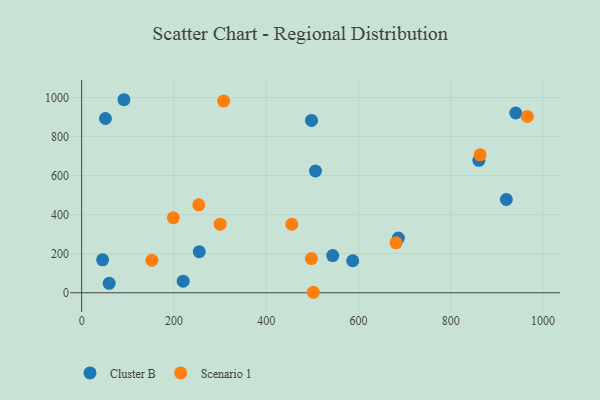
{"axis": {"x": "Speed", "y": "Salary"}, "legend": ["Cluster B", "Scenario 1"], "data": [{"x": "45.5", "y": 168.9, "type": "Cluster B"}, {"x": "498.2", "y": 882.5, "type": "Cluster B"}, {"x": "254.9", "y": 210.1, "type": "Cluster B"}, {"x": "220.1", "y": 59.1, "type": "Cluster B"}, {"x": "940.8", "y": 920.4, "type": "Cluster B"}, {"x": "920.4", "y": 477.6, "type": "Cluster B"}, {"x": "59.7", "y": 48.1, "type": "Cluster B"}, {"x": "544.1", "y": 190.4, "type": "Cluster B"}, {"x": "51.6", "y": 892.3, "type": "Cluster B"}, {"x": "860.9", "y": 678.2, "type": "Cluster B"}, {"x": "91.7", "y": 988.5, "type": "Cluster B"}, {"x": "506.8", "y": 623.6, "type": "Cluster B"}, {"x": "686.4", "y": 280.2, "type": "Cluster B"}, {"x": "587.5", "y": 164.0, "type": "Cluster B"}, {"x": "300.2", "y": 351.1, "type": "Scenario 1"}, {"x": "681.4", "y": 255.8, "type": "Scenario 1"}, {"x": "455.4", "y": 350.8, "type": "Scenario 1"}, {"x": "863.7", "y": 706.5, "type": "Scenario 1"}, {"x": "502.2", "y": 2.5, "type": "Scenario 1"}, {"x": "966.0", "y": 902.7, "type": "Scenario 1"}, {"x": "198.7", "y": 384.0, "type": "Scenario 1"}, {"x": "498.0", "y": 174.9, "type": "Scenario 1"}, {"x": "152.2", "y": 166.5, "type": "Scenario 1"}, {"x": "307.9", "y": 981.4, "type": "Scenario 1"}, {"x": "253.9", "y": 450.3, "type": "Scenario 1"}]}